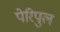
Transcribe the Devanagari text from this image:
पेरिपुल